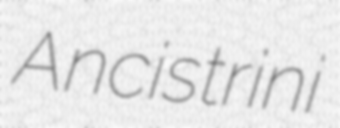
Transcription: Ancistrini